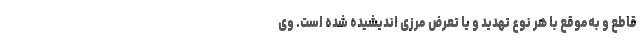
قاطع و به‌موقع با هر نوع تهدید و یا تعرض مرزی اندیشیده شده است. وی